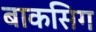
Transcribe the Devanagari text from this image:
बाकसिग